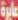
عابرة